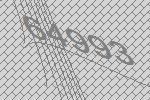
64993